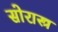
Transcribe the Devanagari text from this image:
सोरास्त्र